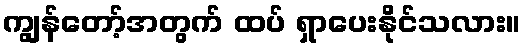
ကျွန်တော့်အတွက် ထပ် ရှာပေးနိုင်သလား။